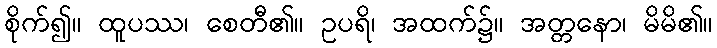
စိုက်၍။ ထူပဿ၊ စေတီ၏။ ဥပရိ၊ အထက်၌။ အတ္တနော၊ မိမိ၏။